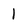
Character: 1